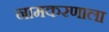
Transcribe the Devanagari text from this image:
नामकरणाला